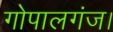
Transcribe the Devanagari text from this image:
गोपालगंज।